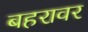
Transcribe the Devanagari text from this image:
बहरावर